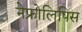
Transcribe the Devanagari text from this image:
नेफ्रोलिपिस